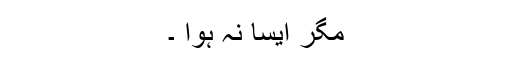
مگر ایسا نہ ہوا ۔